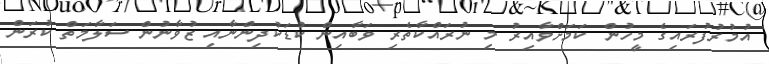
އުމުރުފުރައިގެ މީހުން ކަމަށްވާއިރު މި ނުރައްކާތެރި ވަބާއިން ކުޑަކުދިންނާއި ޒުވާނުން ސަލާމަތް ކުރަން